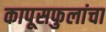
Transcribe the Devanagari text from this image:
कापूसफुलांचा